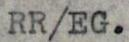
RR/EG.